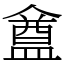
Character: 𥂝